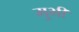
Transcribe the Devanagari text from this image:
मुभी